Vaccination in Bombay 1869-1873 - 1869-1873
Year: 1869
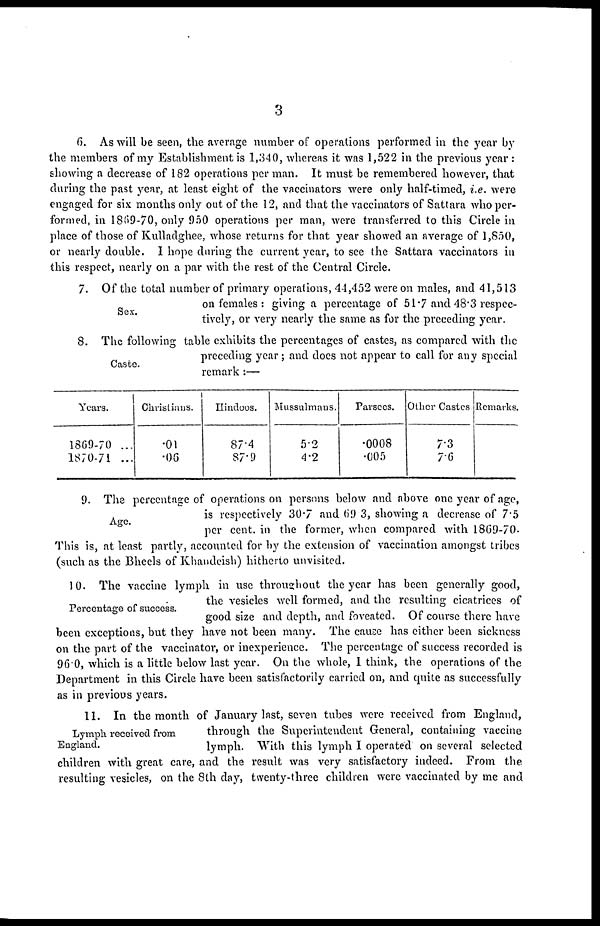
3
6. As will be seen, the average number of operations performed in the year by
the members of my Establishment is 1,340, whereas it was 1,522 in the previous year :
showing a decrease of 182 operations per man. It must be remembered however, that
during the past year, at least eight of the vaccinators were only half-timed, i.e. were
engaged for six months only out of the 12, and that the vaccinators of Sattara who per-
formed, in 1869-70, only 950 operations per man, were transferred to this Circle in
place of those of Kulladghee, whose returns for that year showed an average of 1,850,
or nearly double. I hope during the current year, to see the Sattara vaccinators in
this respect, nearly on a par with the rest of the Central Circle.
Sex.
7. Of the total number of primary operations, 44,452 were on males, and 41,513
on females : giving a percentage of 51.7 and 48.3 respec-
tively, or very nearly the same as for the preceding year.
Caste.
8. The following table exhibits the percentages of castes, as compared with the
preceding year; and does not appear to call for any special
remark :—
Years.
1869-70 ...
1870-71 ...
Christians.
.01
.06
Hindoos.
87.4
87.9
Mussulmans.
5.2
4.2
Parsees.
.0008
.005
Other Castes.
7.3
7.6
Remarks.
Age.
9. The percentage of operations on persons below and above one year of age,
is respectively 30.7 and 69.3, showing a decrease of 7.5
per cent. in the former, when compared with 1869-70.
This is, at least partly, accounted for by the extension of vaccination amongst tribes
(such as the Bheels of Khandeish) hitherto unvisited.
Percentage of success.
10. The vaccine lymph in use throughout the year has been generally good,
the vesicles well formed, and the resulting cicatrices of
good size and depth, and foveated. Of course there have
been exceptions, but they have not been many. The cause has either been sickness
on the part of the vaccinator, or inexperience. The percentage of success recorded is
96.0, which is a little below last year. On the whole, 1 think, the operations of the
Department in this Circle have been satisfactorily carried on, and quite as successfully
as in previous years.
Lymph received from
England.
11. In the month of January last, seven tubes were received from England,
through the Superintendent General, containing vaccine
lymph. With this lymph I operated on several selected
children with great care, and the result was very satisfactory indeed. From the.
resulting vesicles, on the 8th day, twenty-three children were vaccinated by me and